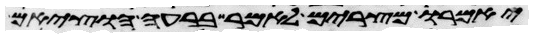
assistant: יאמרו מצרים לאמר ברעה הוציאם